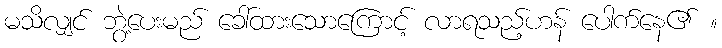
မသိလျှင် ဘွဲ့ပေးမည် ခေါ်ထားသောကြောင့် လာရသည့်ဟန် ပေါက်နေ၏ ။